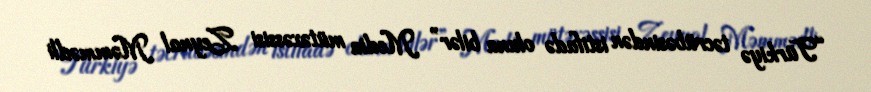
“Türkiyə təcrübəsindən istifadə oluna bilər” Media mütəxəssisi Zeynal Məmmədli